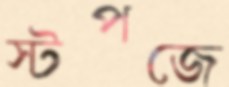
স্টপজে